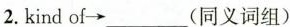
2.kind of\rightarrow ____(同义词组)